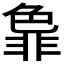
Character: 𬜞